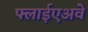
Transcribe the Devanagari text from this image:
फ्लाईएअवे